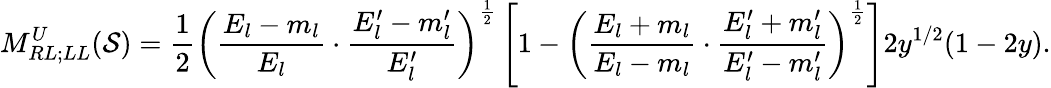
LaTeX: M_{RL;LL}^{U}(\mathcal{S})=\frac{{1}}{{2}}\left(\frac{{E_{l}-m_{l}}}{{E_{l}}}\cdot\frac{{E_{l}^{\prime}-m_{l}^{\prime}}}{{E_{l}^{\prime}}}\right)^{\frac{{1}}{{2}}}\left[1-\left(\frac{{E_{l}+m_{l}}}{{E_{l}-m_{l}}}\cdot\frac{{E_{l}^{\prime}+m_{l}^{\prime}}}{{E_{l}^{\prime}-m_{l}^{\prime}}}\right)^{\frac{{1}}{{2}}}\right]2y^{1/2}(1-2y).